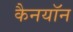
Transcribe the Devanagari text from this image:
कैनयॉन